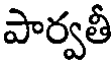
పార్వతీ